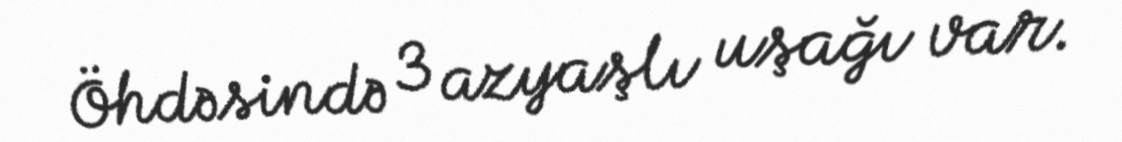
Öhdəsində 3 azyaşlı uşağı var.